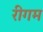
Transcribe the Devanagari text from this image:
रीगम